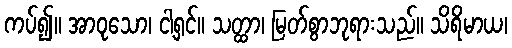
ကပ်၍။ အာဝုသော၊ ငါ့ရှင်။ သတ္ထာ၊ မြတ်စွာဘုရားသည်။ သိရိမာယ၊